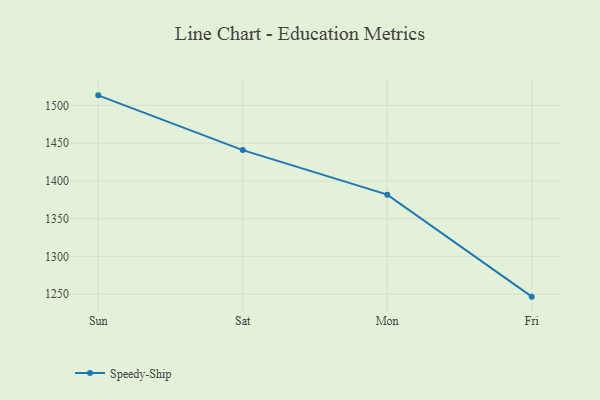
{"axis": {"x": "Day", "y": "Conversion Rate (%)"}, "legend": ["Speedy-Ship"], "data": [{"x": "Sun", "y": 1513.3, "type": "Speedy-Ship"}, {"x": "Sat", "y": 1440.8, "type": "Speedy-Ship"}, {"x": "Mon", "y": 1381.8, "type": "Speedy-Ship"}, {"x": "Fri", "y": 1246.7, "type": "Speedy-Ship"}]}